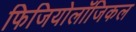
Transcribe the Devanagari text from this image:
फिजियोलॉजिकल